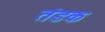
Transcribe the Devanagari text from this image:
तंडक